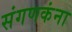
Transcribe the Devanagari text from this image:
संगणकंना